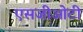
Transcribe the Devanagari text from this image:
एसजीओटी